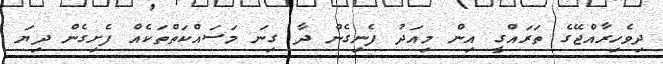
ދިވެހިރާއްޖޭގެ ތަރައްގީ އިން މިއަދު ފެނިގެން ދާ ގިނަ މަސައްކަތްތަކެއް ފެށިގެން ދިޔަ